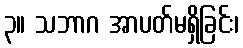
၃။ သဘာဂ အာပတ်မရှိခြင်း၊